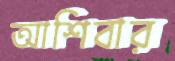
আশিবার